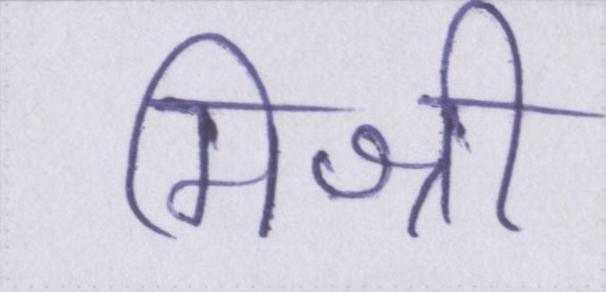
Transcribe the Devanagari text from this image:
मिश्री